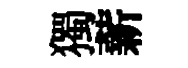
獨薪